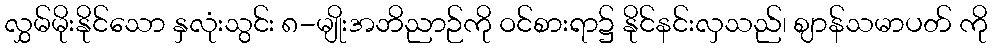
လွှမ်မိုးနိုင်သော နှလုံးသွင်း ၈-မျိုးအဘိညာဉ်ကို ဝင်စားရာ၌ နိုင်နင်းလှသည်၊ ဈာန်သမာပတ် ကို